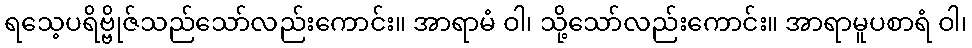
ရသေ့ပရိဗ္ဗိုဇ်သည်သော်လည်းကောင်း။ အာရာမံ ဝါ၊ သို့သော်လည်းကောင်း။ အာရာမူပစာရံ ဝါ၊